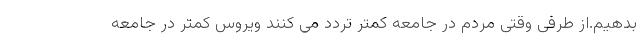
بدهیم.از طرفی وقتی مردم در جامعه کمتر تردد می کنند ویروس کمتر در جامعه